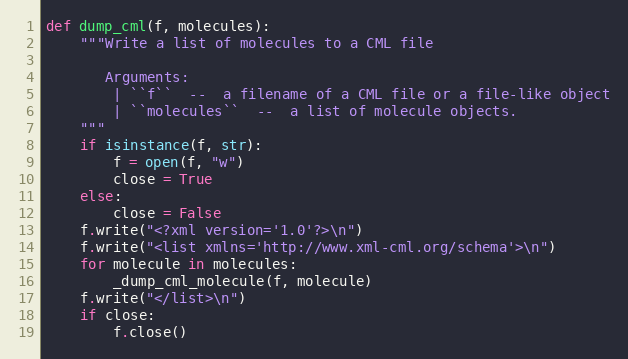
Language: Python
def dump_cml(f, molecules):
    """Write a list of molecules to a CML file

       Arguments:
        | ``f``  --  a filename of a CML file or a file-like object
        | ``molecules``  --  a list of molecule objects.
    """
    if isinstance(f, str):
        f = open(f, "w")
        close = True
    else:
        close = False
    f.write("<?xml version='1.0'?>\n")
    f.write("<list xmlns='http://www.xml-cml.org/schema'>\n")
    for molecule in molecules:
        _dump_cml_molecule(f, molecule)
    f.write("</list>\n")
    if close:
        f.close()